Vaccination in Bombay 1863-1868 - 1863-1868
Year: 1863
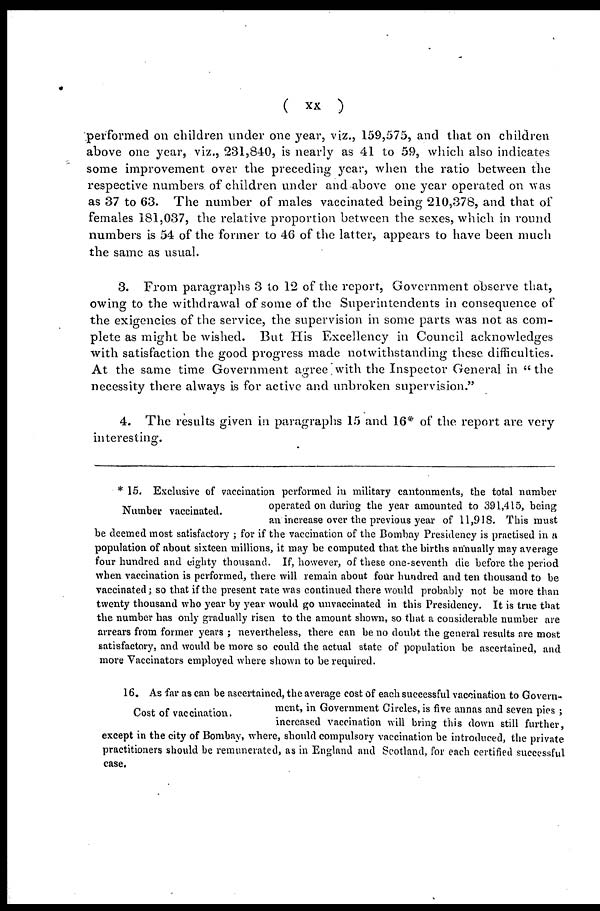
( xx )
performed on children under one year, viz., 159,575, and that on children
above one year, viz., 231,840, is nearly as 41 to 59, which also indicates
some improvement over the preceding year, when the ratio between the
respective numbers of children under and above one year operated on was
as 37 to 63. The number of males vaccinated being 210,378, and that of
females 181,037, the relative proportion between the sexes, which in round
numbers is 54 of the former to 46 of the latter, appears to have been much
the same as usual.
3. From paragraphs 3 to 12 of the report, Government observe that,
owing to the withdrawal of some of the Superintendents in consequence of
the exigencies of the service, the supervision in some parts was not as com-
plete as might be wished. But His Excellency in Council acknowledges
with satisfaction the good progress made notwithstanding these difficulties.
At the same time Government agree with the Inspector General in " the
necessity there always is for active and unbroken supervision."
4. The results given in paragraphs 15 and 16* of the report are very
interesting.
Number vaccinated.
* 15. Exclusive of vaccination performed in military cantonments, the total number
operated on during the year amounted to 391,415, being
an increase over the previous year of 11,918. This must
be deemed most satisfactory ; for if the vaccination of the Bombay Presidency is practised in a
population of about sixteen millions, it may be computed that the births annually may average
four hundred and eighty thousand. If, however, of these one-seventh die before the period
when vaccination is performed, there will remain about four hundred and ten thousand to be
vaccinated; so that if the present rate was continued there would probably not be more than
twenty thousand who year by year would go unvaccinated in this Presidency. It is true that
the number has only gradually risen to the amount shown, so that a considerable number are
arrears from former years ; nevertheless, there can be no doubt the general results are most
satisfactory, and would be more so could the actual state of population be ascertained, and
more Vaccinators employed where shown to be required.
Cost of vaccination.
16. As far as can be ascertained, the average cost of each successful vaccination to Govern-
ment, in Government Circles, is five annas and seven pies ;
increased vaccination will bring this down still further,
except in the city of Bombay, where, should compulsory vaccination be introduced, the private
practitioners should be remunerated, as in England and Scotland, for each certified successful
case.